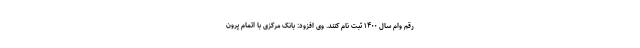
رقم وام سال ۱۴۰۰ ثبت نام کنند. وی افزود: بانک مرکزی با اتمام پرون